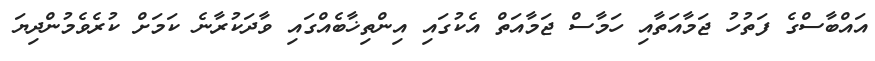
އައްބާސްގެ ފަތުހު ޖަމާއަތާއި ހަމާސް ޖަމާއަތް އެކުގައި އިންތިޚާބެއްގައި ވާދަކުރާނެ ކަމަށް ކުރެވެމުންދިޔަ